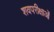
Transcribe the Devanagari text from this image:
शवपरीक्षाओं